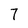
Character: 7